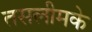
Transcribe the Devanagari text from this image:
तसलीमके